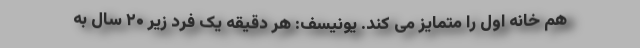
هم خانه اول را متمایز می کند. یونیسف: هر دقیقه یک فرد زیر ۲۰ سال به